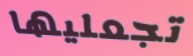
تجعليها